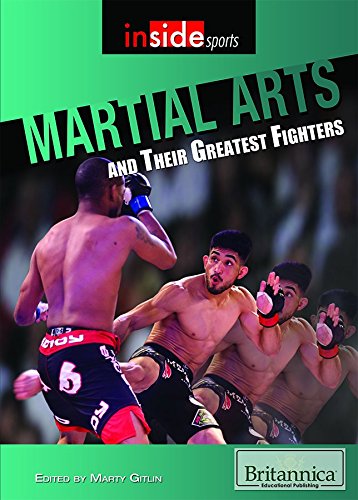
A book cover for Martial Arts and Their Greatest Fighters (Inside Sports); Teen & Young Adult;